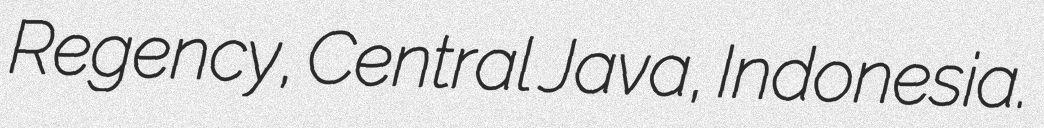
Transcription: Regency, Central Java, Indonesia.